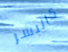
كالبشر